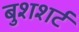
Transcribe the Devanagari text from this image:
बुशशर्ट